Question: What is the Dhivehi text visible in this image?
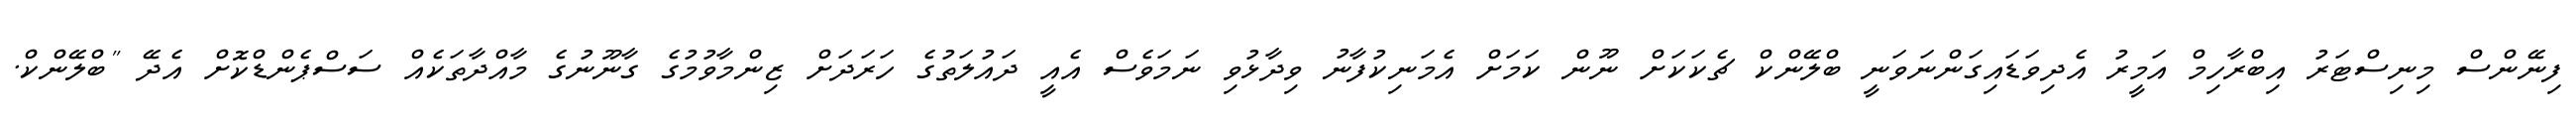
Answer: ފިނޭންސް މިނިސްޓަރު އިބްރާހިމް އަމީރު އެދިވަޑައިގަންނަވަނީ ބްލޭންކް ޗެކަކަށް ނޫން ކަމަށް އެމަނިކުފާނު ވިދާޅުވި ނަމަވެސް އެއީ ދައުލަތުގެ ހަރަދަށް ޒިންމާވުމުގެ ގާނޫނުގެ މާއްދާތަކެއް ސަސްޕެންޑްކޮށް އެދޭ "ބްލޭންކް.